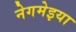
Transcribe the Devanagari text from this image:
नेगमेइया